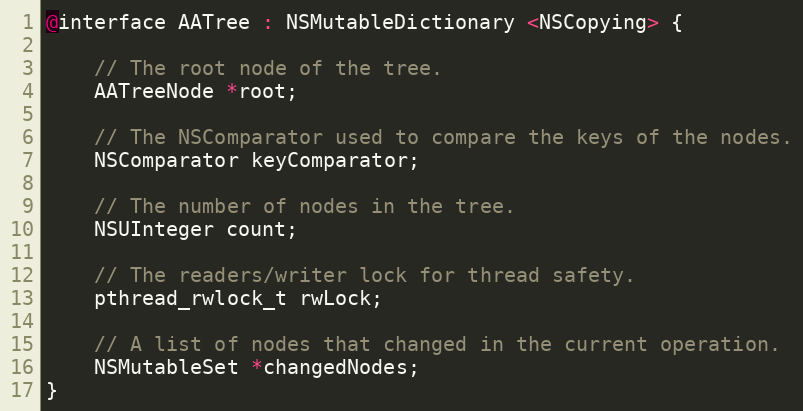
Language: C
@interface AATree : NSMutableDictionary <NSCopying> {

	// The root node of the tree.
	AATreeNode *root;

	// The NSComparator used to compare the keys of the nodes.
	NSComparator keyComparator;

	// The number of nodes in the tree.
	NSUInteger count;

	// The readers/writer lock for thread safety.
	pthread_rwlock_t rwLock;

    // A list of nodes that changed in the current operation.
    NSMutableSet *changedNodes;
}